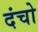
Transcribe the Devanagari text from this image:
दंचो